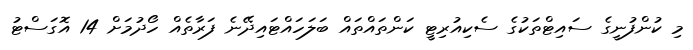
މި ކުންފުނީގެ ސައިޓްތަކުގެ ސެކިއުރިޓީ ކަންތައްތައް ބަލަހައްޓައިދޭނެ ފަރާތެއް ހޯދުމަށް 14 އޮގަސްޓު